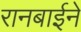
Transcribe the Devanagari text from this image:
रानबाईने